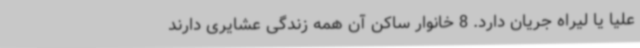
علیا یا لیراه جریان دارد. 8 خانوار ساکن آن همه زندگی عشایری دارند